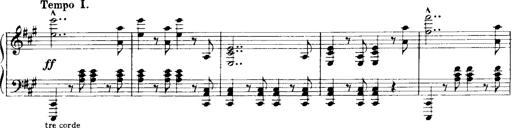
Title: Historische ungarische Bildnisse
Composer: Franz Liszt